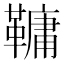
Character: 𩌨